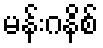
မန်းဂနိစ်